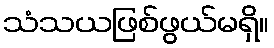
သံသယဖြစ်ဖွယ်မရှိ။